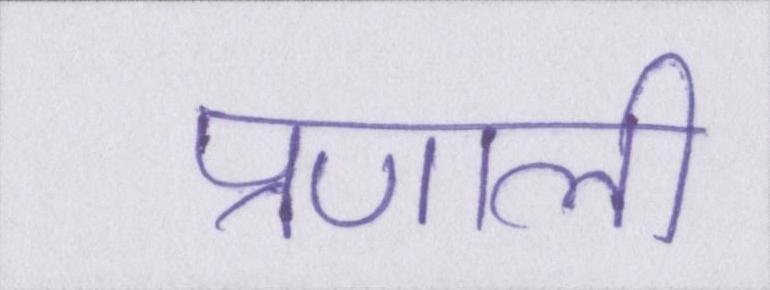
प्रणाली